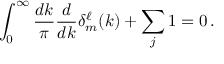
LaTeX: \int _ { 0 } ^ { \infty } \frac { d k } { \pi } \frac { d } { d k } \delta _ { m } ^ { \ell } ( k ) + \sum _ { j } 1 = 0 \, .